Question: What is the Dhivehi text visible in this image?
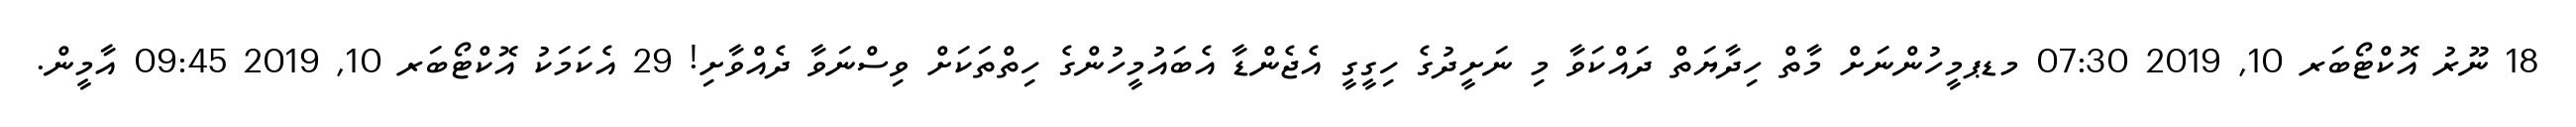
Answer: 18 ނޫރު އޮކްޓޯބަރ 10, 2019 07:30 މޑޕމީހުންނަށް މާތް ހިދާޔަތް ދައްކަވާ މި ނަށީދުގެ ހިގީގީ އެޖެންޑާ އެބައުމީހުންގެ ހިތްތަކަށް ވިސްނަވާ ދެއްވާށި! 29 އެކަމަކު އޮކްޓޯބަރ 10, 2019 09:45 އާމީން.